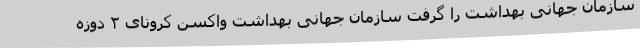
سازمان جهانی بهداشت را گرفت سازمان جهانی بهداشت واکسن کرونای ۲ دوزه